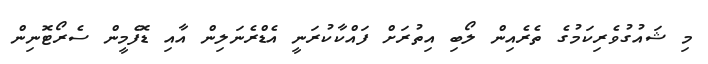
މި ޝައުގުވެރިކަމުގެ ތެރެއިން ލޯބި އިތުރަށް ފައްކާކުރަނީ އެޑްރެނަލިން އާއި ޑޮފެމީން ސެރޯޓޮނިން